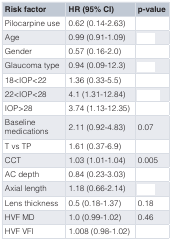
<table><thead><tr><td><b>Risk factor</b></td><td><b>HR (95% CI)</b></td><td><b>p-value</b></td></tr></thead><tbody><tr><td>Pilocarpine use</td><td>0.62 (0.14-2.63)</td><td>[EMPTY_CELL]</td></tr><tr><td>Age</td><td>0.99 (0.91-1.09)</td><td>[EMPTY_CELL]</td></tr><tr><td>Gender</td><td>0.57 (0.16-2.0)</td><td>[EMPTY_CELL]</td></tr><tr><td>Glaucoma type</td><td>0.94 (0.09-12.3)</td><td>[EMPTY_CELL]</td></tr><tr><td>18<iop><td>1.36 (0.33-5.5)</td><td>[EMPTY_CELL]</td></iop></td></tr><tr><td>22<iop><td>4.1 (1.31-12.84)</td><td>[EMPTY_CELL]</td></iop></td></tr><tr><td>IOP&gt;28</td><td>3.74 (1.13-12.35)</td><td>[EMPTY_CELL]</td></tr><tr><td>Baselinemedications</td><td>2.11 (0.92-4.83)</td><td>0.07</td></tr><tr><td>T vs TP</td><td>1.61 (0.37-6.9)</td><td>[EMPTY_CELL]</td></tr><tr><td>CCT</td><td>1.03 (1.01-1.04)</td><td>0.005</td></tr><tr><td>AC depth</td><td>0.84 (0.23-3.03)</td><td>[EMPTY_CELL]</td></tr><tr><td>Axial length</td><td>1.18 (0.66-2.14)</td><td>[EMPTY_CELL]</td></tr><tr><td>Lens thickness</td><td>0.5 (0.18-1.37)</td><td>0.18</td></tr><tr><td>HVF MD</td><td>1.0 (0.99-1.02)</td><td>0.46</td></tr><tr><td>HVF VFI</td><td>1.008 (0.98-1.02)</td><td>[EMPTY_CELL]</td></tr></tbody></table>